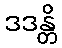
ဒဒန္တိ